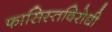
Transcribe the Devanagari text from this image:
फासिस्तविरोधी